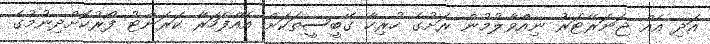
އަދި އެއް ޖަނަރޭޓަރު ނިއްވާލުމުން ރަށުގެ ހުރިހާ ގޭބީސީތަކަށް އެއްފަހަރާ ކަރަންޓު ފޯރުކޮށްދިނުމުގެ